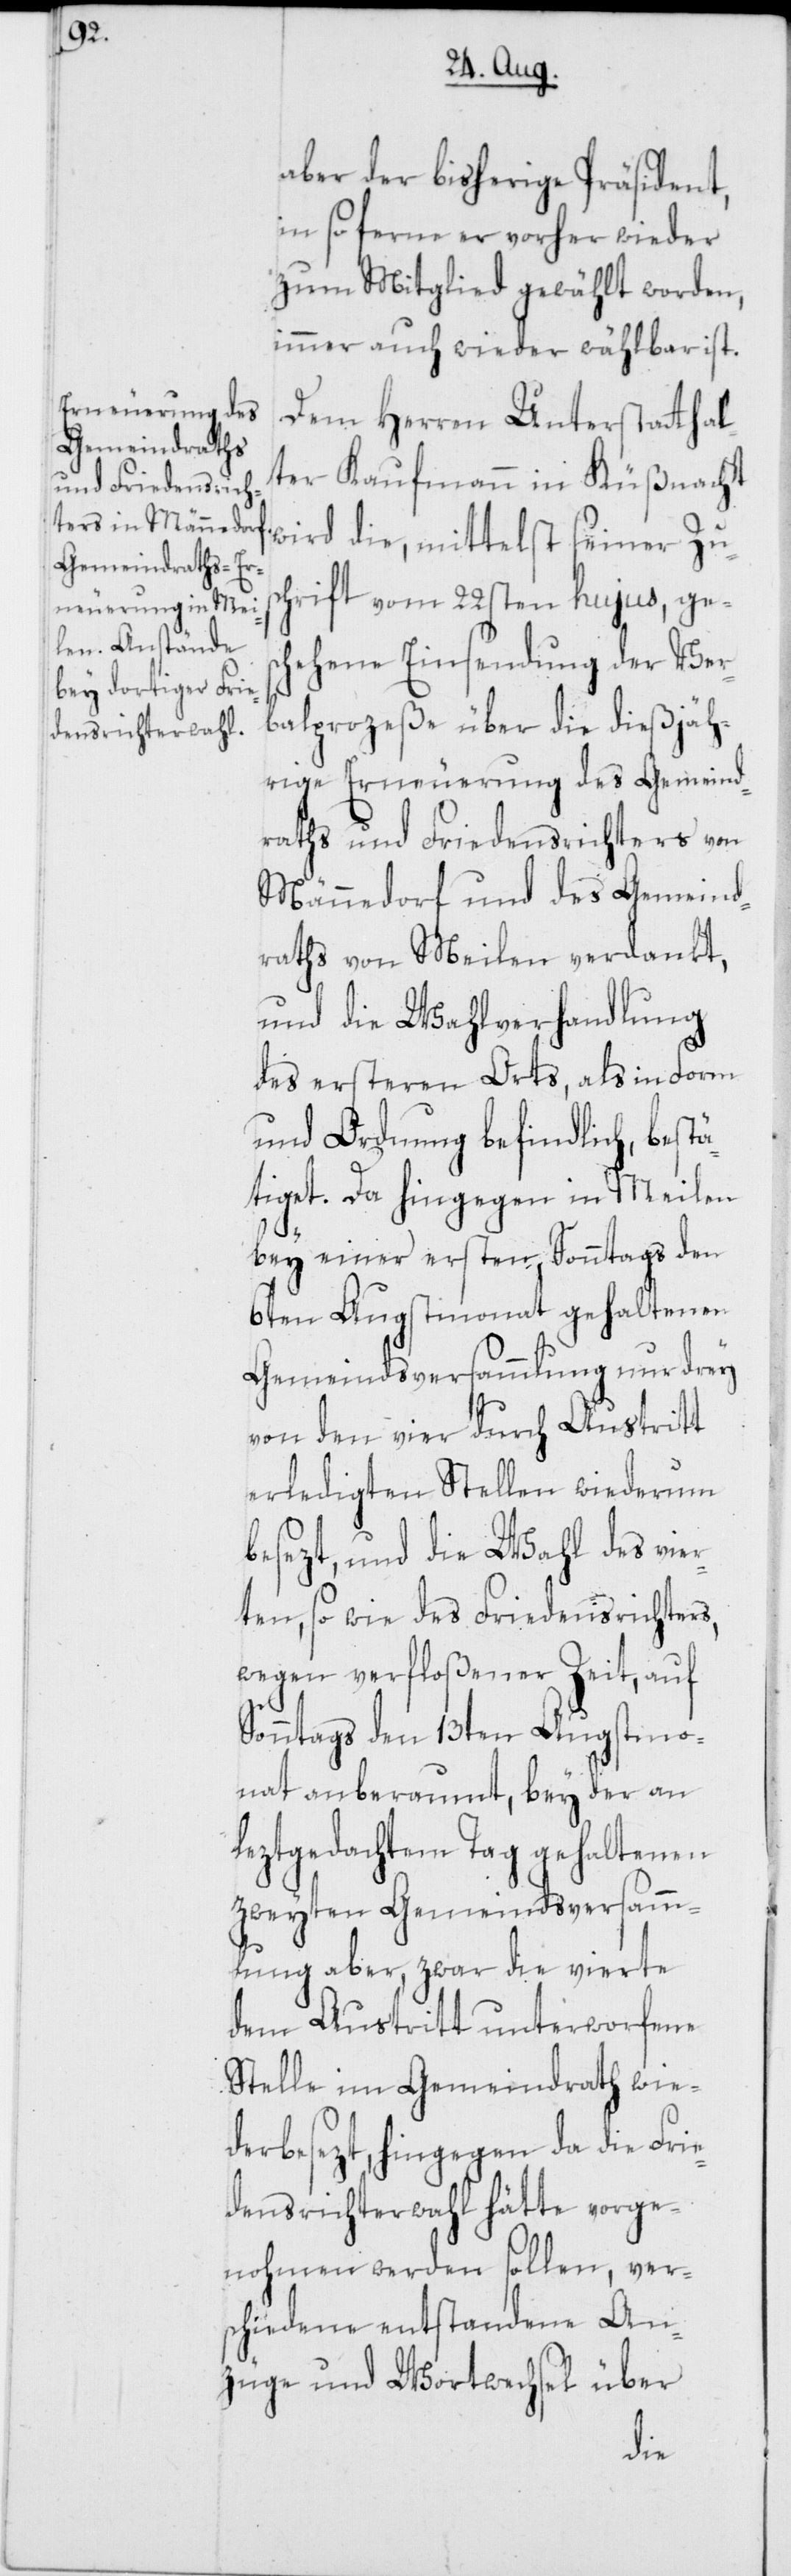
aber der bisherige Präsident,
in so ferne er vorher wieder
zum Mitglied gewählt worden,
immer auch wieder wählbar ist.
Dem Herren Unterstatthal¬
ter Kaufmann in Küßnacht
wird die, mittelst seiner Zus¬
chrift vom 22sten hujus, ges¬
chehene Einsendung der Ver¬
balprozeße über die dießjäh¬
rige Erneuerung des Gemeind¬
raths und Friedensrichters von
Männedorf und des Gemeind¬
raths von Meilen verdankt,
und die Wahlverhandlung
des ersteren Orts, als in Form
und Ordnung befindlich, bestä¬
tiget. Da hingegen in Meilen
bey einer ersten Sonntags den
6ten Augstmonat gehaltenen
Gemeindsversammlung nur drey
von den vier durch Austritt
erledigten Stellen wiederum
besezt, und die Wahl des vie¬
rten, so wie des Friedensrichters,
wegen verfloßener Zeit, auf
Sonntags den 13ten Augstmo¬
nat anberaumt, bey der an
leztgedachtem Tag gehaltenen
zweyten Gemeindsversamm¬
lung aber, zwar die vierte
dem Austritt unterworfene
Stelle im Gemeindrath wie¬
derbesezt, hingegen da die Frie¬
densrichterwahl hätte vorge¬
nohmen werden sollen, ver¬
schiedene entstandene An¬
züge und Wortwechsel über